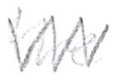
Text: the
Cross-out: zig-zag
Writing tool: pencil